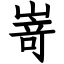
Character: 嵜